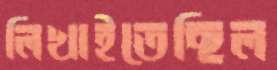
লিখাইতেছিল